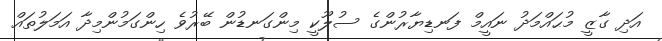
އަދި ގާޒީ މުޙައްމަދު ނައީމް ފަނޑިޔާރުންގެ ސުލޫކީ މިންގަނޑުން ބޭރުވެ ހިންގަމުންމިދާ އަމަލުތައް